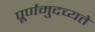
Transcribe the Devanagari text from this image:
पूर्णमुदच्यते